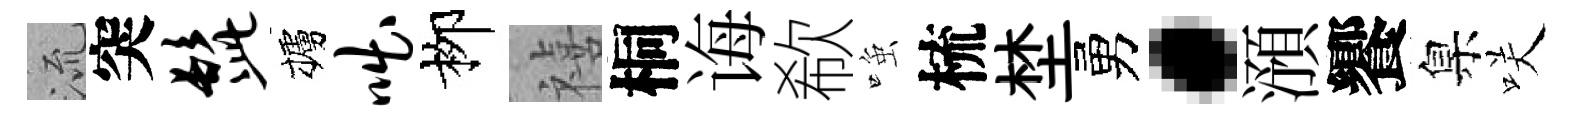
𣴑突髭櫨咄栁禧桐诲欷𫪻梳埜勇·澦饗臬咲